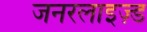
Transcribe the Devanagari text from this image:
जनरलाइज़्ड